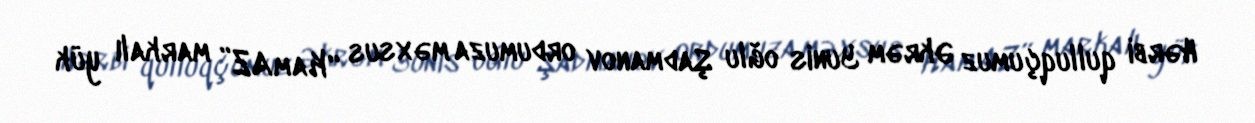
Hərbi qulluqçumuz Əkrəm Yunis oğlu Şadmanov ordumuza məxsus “KamAZ” markalı yük